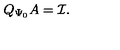
Q _ { \Psi _ { 0 } } A = \mathcal { I } .